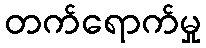
တက်ရောက်မှု